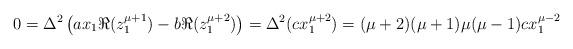
LaTeX: \begin{align*}0=\Delta^2\left(ax_1\Re(z_1^{\mu+1})-b\Re(z_1^{\mu+2})\right)=\Delta^2(cx_1^{\mu+2})=(\mu+2)(\mu+1)\mu (\mu - 1) cx_1^{\mu-2}\end{align*}